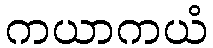
ကယာကယံ